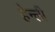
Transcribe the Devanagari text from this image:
हेन्ली